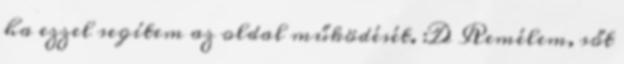
ha ezzel segítem az oldal működését. :D Remélem, sőt